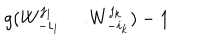
LaTeX: g ( W _ { - i _ { 1 } } ^ { j _ { 1 } } \dots W _ { - i _ { k } } ^ { j _ { k } } ) - 1